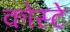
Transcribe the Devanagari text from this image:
कोस्टे